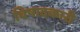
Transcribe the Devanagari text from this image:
विषादकारी